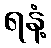
ရနံ့